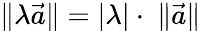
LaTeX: \| \lambda{\vec{a}}\| =|\lambda|\cdot\ \| {\vec{a}}\|